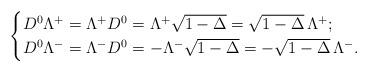
LaTeX: \begin{align*}\begin{cases}D^0\Lambda^+=\Lambda^+D^0=\Lambda^+\sqrt{1-\Delta}=\sqrt{1-\Delta}\,\Lambda^+;\\D^0\Lambda^-=\Lambda^-D^0=-\Lambda^-\sqrt{1-\Delta}=-\sqrt{1-\Delta}\,\Lambda^-.\end{cases}\end{align*}